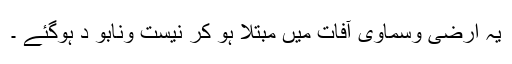
یہ ارضی وسماوی آفات میں مبتلا ہو کر نیست ونابو د ہوگئے ۔